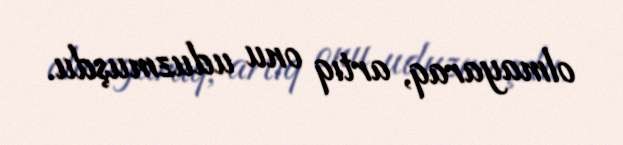
olmayaraq, artıq onu uduzmuşdu.